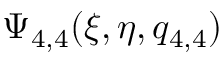
\Psi _ { 4 , 4 } ( \xi , \eta , q _ { 4 , 4 } )